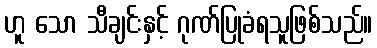
ဟူ သော သီချင်းနှင့် ဂုဏ်ပြုခံရသူဖြစ်သည်။